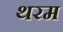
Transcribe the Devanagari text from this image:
थरम